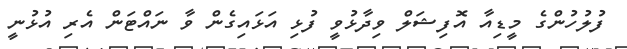
ފުލުހުންގެ މީޑިއާ އޮފިޝަލް ވިދާޅުވީ ފުޅި އަޅައިގެން ވާ ނައްޓަން އެރި އުޅުނީ